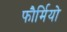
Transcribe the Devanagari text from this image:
फौर्मियो